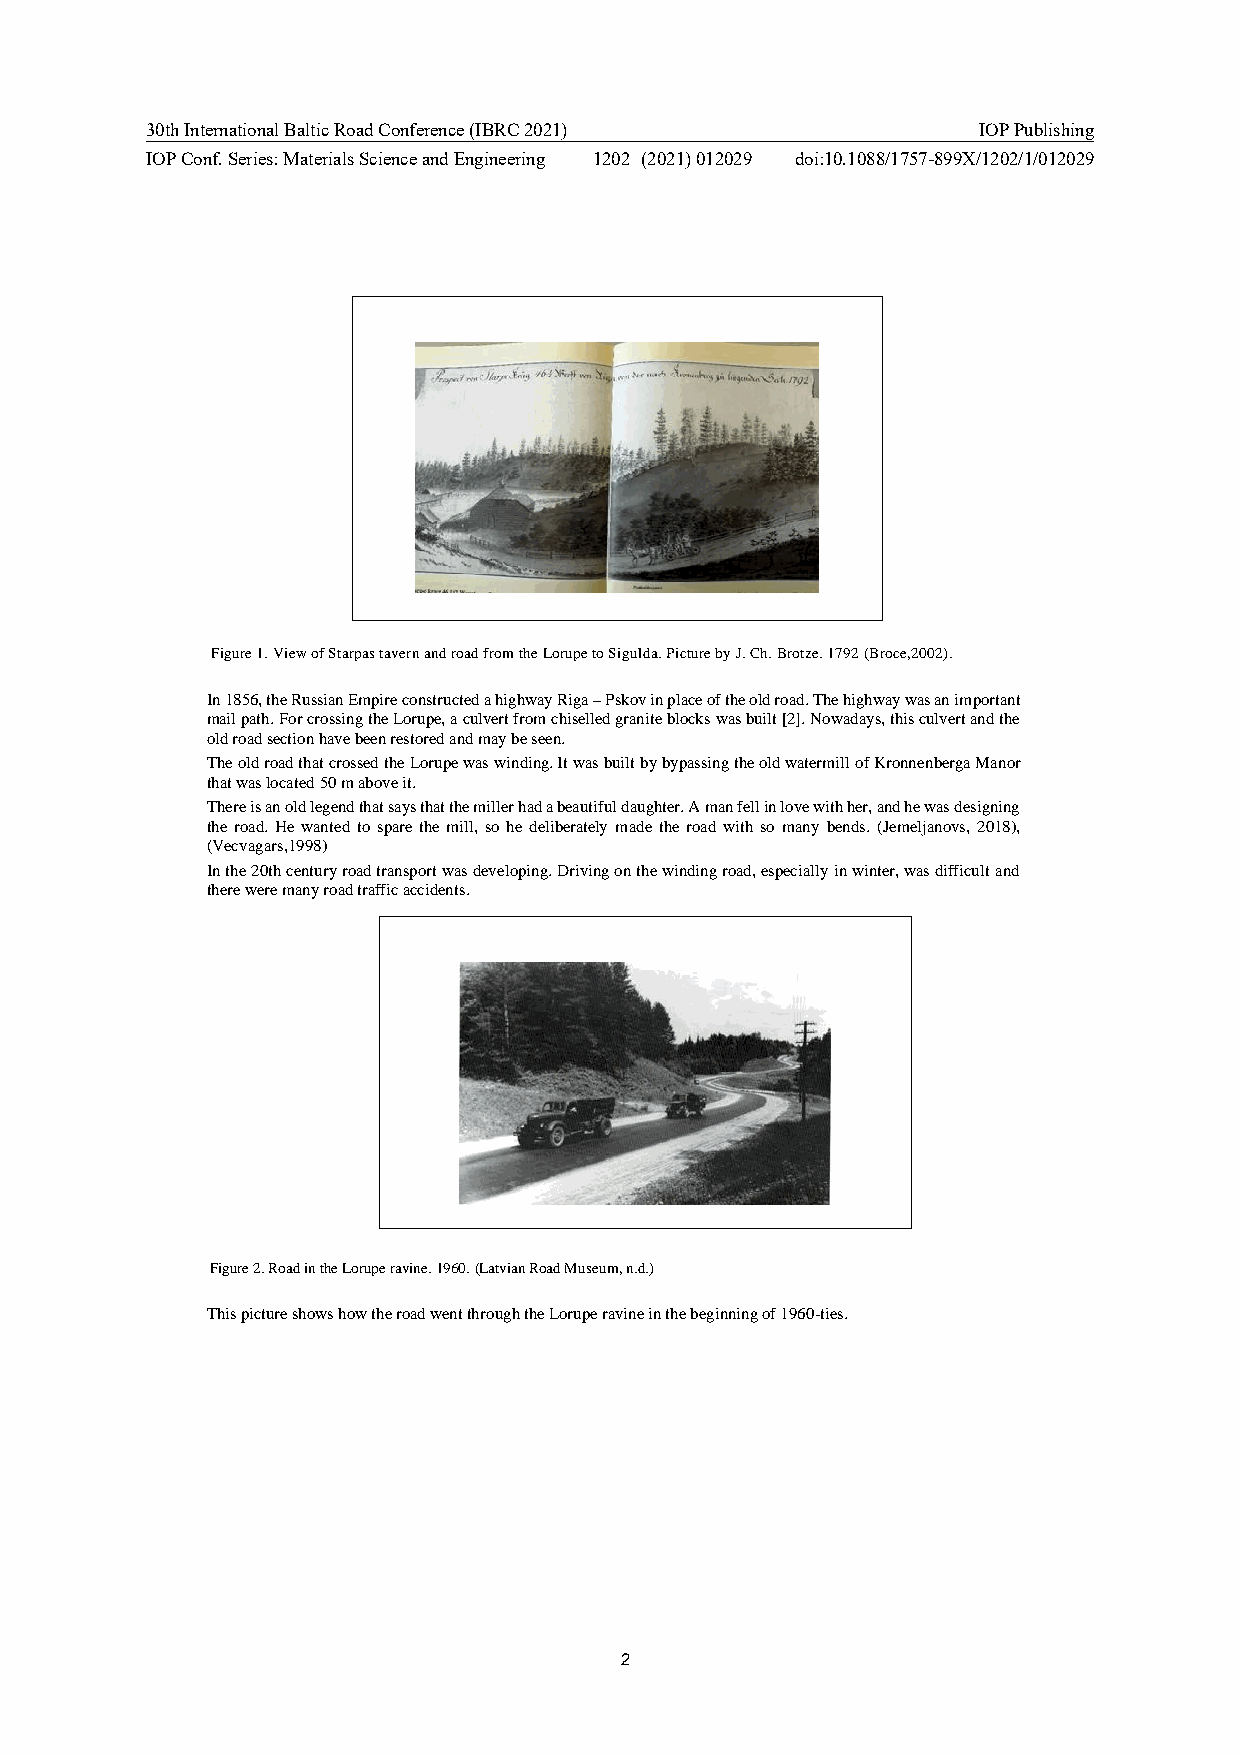
30th International Baltic Road Conference (IBRC 2021)  IOP Publishing
 IOP Conf. Series: Materials Science and Engineering 1202 (2021) 012029 doi:10.1088/1757-899X/1202/1/012029
 Figure 1. View of Starpas tavern and road from the Lorupe to Sigulda. Picture by J. Ch. Brotze. 1792 (Broce,2002).
 In 1856, the Russian Empire constructed a highway Riga – Pskov in place of the old road. The highway was an important
 mail path. For crossing the Lorupe, a culvert from chiselled granite blocks was built [2]. Nowadays, this culvert and the
 old road section have been restored and may be seen.
 The old road that crossed the Lorupe was winding. It was built by bypassing the old watermill of Kronnenberga Manor
 that was located 50 m above it.
 There is an old legend that says that the miller had a beautiful daughter. A man fell in love with her, and he was designing
 the road. He wanted to spare the mill, so he deliberately made the road with so many bends. (Jemeljanovs, 2018),
 (Vecvagars,1998)
 In the 20th century road transport was developing. Driving on the winding road, especially in winter, was difficult and
 there were many road traffic accidents.
 Figure 2. Road in the Lorupe ravine. 1960. (Latvian Road Museum, n.d.)
 This picture shows how the road went through the Lorupe ravine in the beginning of 1960-ties.
 2